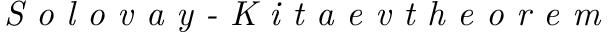
\emph { S o l o v a y - K i t a e v t h e o r e m }